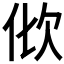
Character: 𣢉